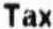
TAX